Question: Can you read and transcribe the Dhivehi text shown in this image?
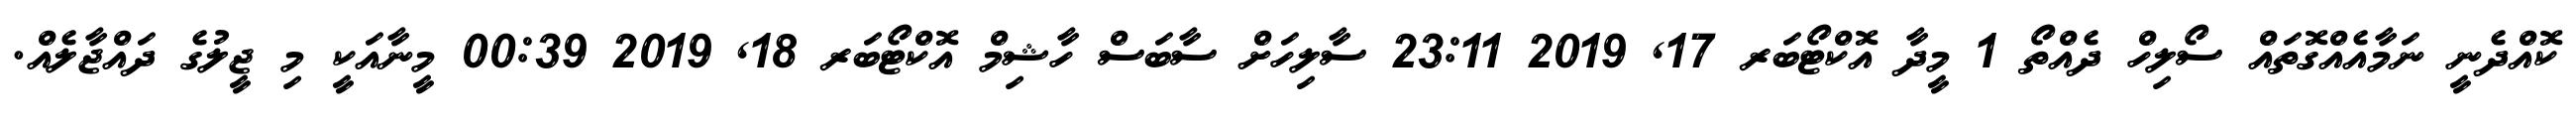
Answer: ކޮއްދެނީ ނަމާއެއްގޮތައް ސޯލިހް ދެއްތޯ 1 މީދާ އޮކްޓޯބަރ 17, 2019 23:11 ސާލިހަށް ސާބަސް ހާޝިމް އޮކްޓޯބަރ 18, 2019 00:39 މީނާއަކީ މި ޖީލުގެ ދައްޖާލެއް.